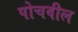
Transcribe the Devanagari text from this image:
पोचवील